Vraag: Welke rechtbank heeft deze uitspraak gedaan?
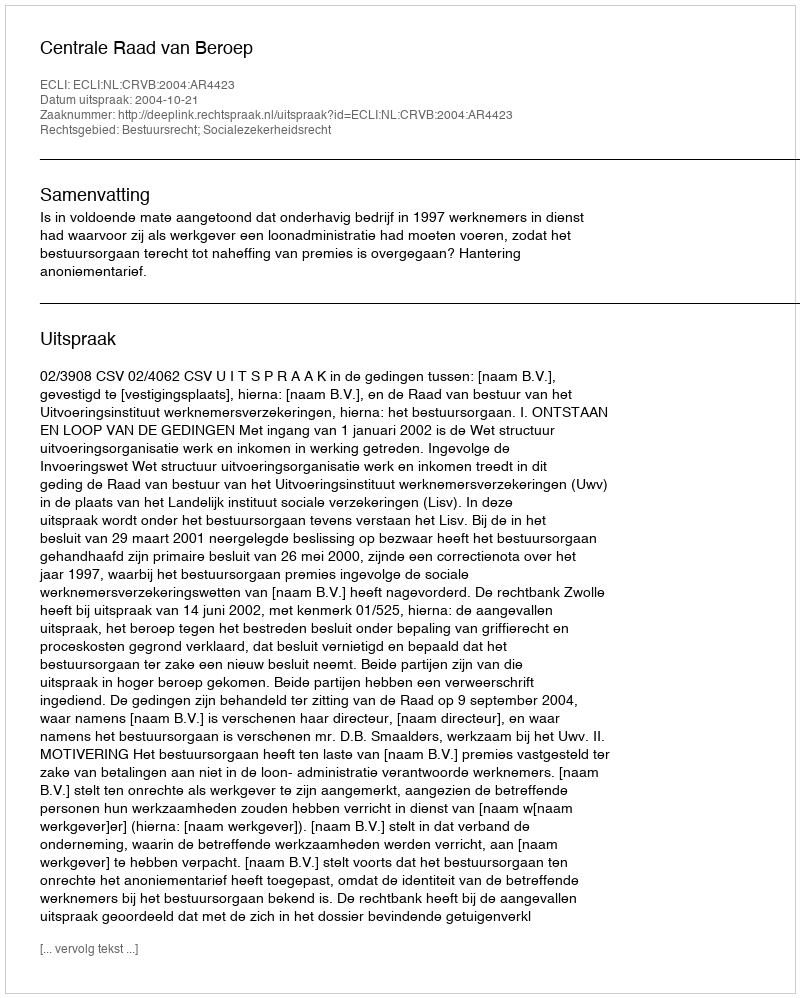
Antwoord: Centrale Raad van Beroep